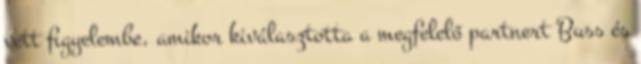
vett ﬁgyelembe, amikor kiválasztotta a megfelelő partnert Buss és